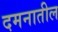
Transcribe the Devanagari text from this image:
दमनातील